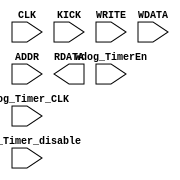
module WdogTimer(
input CLK, KICK,Wdog_TimerEn, Wdog_Timer_disable, WRITE,
input  [31:0] WDATA,
input  [3:0] ADDR,
output [31:0] RDATA,
input Wdog_Timer_CLK
    );

reg READY;
reg [1:0] fsm; //state machine 
reg fsm_tclk;  
reg [31:0]   RDATA;

// Timer
reg [31:0] Counter;
reg [31:0] Load;
reg TimerEn;   // Timer enable
reg LoadEnReg; // Register Load enable

// To enable watchdog 
reg Status_Register; // Status register
reg [31:0] step1; // write address 0x01
reg [31:0] step2; // Read from Address 0x0A
reg [31:0] step3; // write address 0x0F
// Disable sequence in reverse 

// Watchdog timeout sequence for kick 
reg [31:0] key1; // write address 0xAA
reg [31:0] key2; // Read from Address 0x0E
reg [31:0] key3; // write address 0x55
// Disable sequence in reverse 
        
         

always@(posedge Wdog_Timer_CLK or negedge KICK)
if(~KICK)
  begin
    Counter <= 32'h00000000;
  end
else
  begin
    if(Wdog_Timer_disable == 1'b1)
      begin
        Counter <= 32'h00000000;
      end
    else if(Wdog_TimerEn == 1'b1)
      begin
        if(Counter == Load) // load Interval 0x00000001 to 0xFFFFFFFF
          begin
            Counter <= 32'h00000000;
          end
        else
          begin
            Counter <= Counter + 1;
          end
      end
  end

endmodule